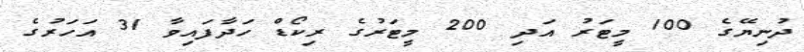
ދުނިޔޭގެ 100 މީޓަރު އަދި 200 މީޓަރުގެ ރިކޯޑް ހަދާފައިވާ 31 އަހަރުގެ